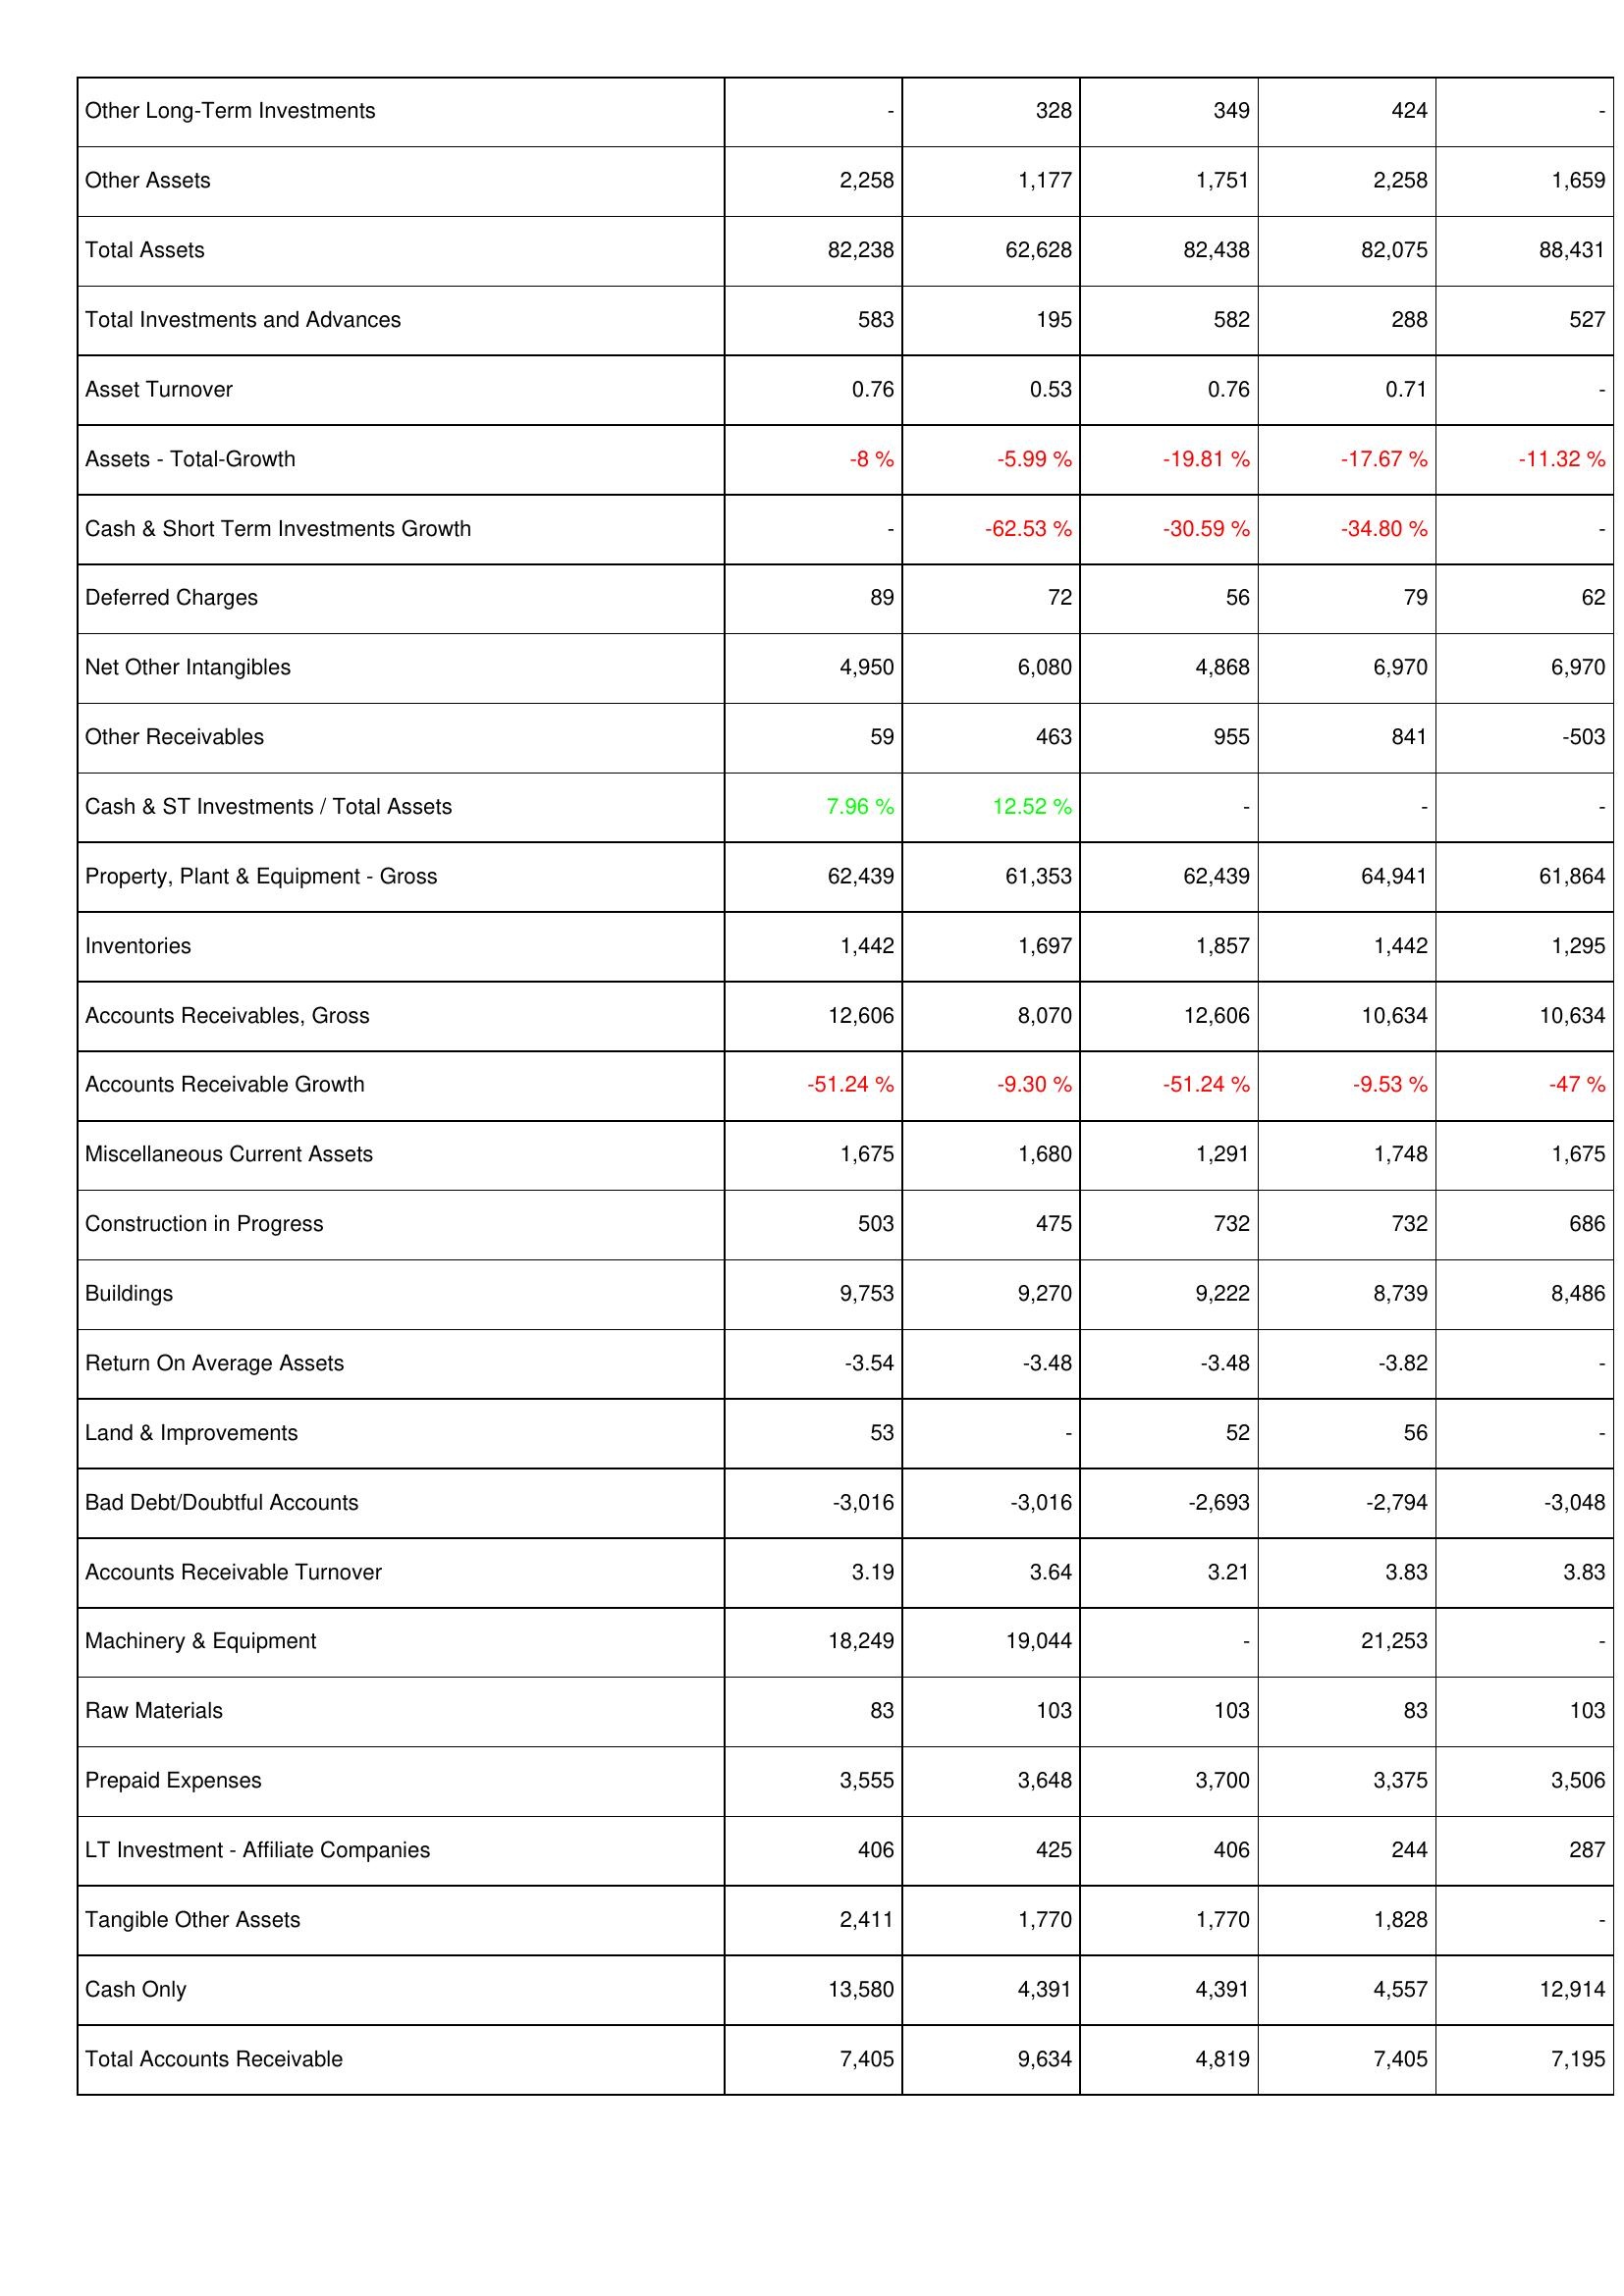
2010: Assets: Other Long-Term Investments: -
Other Assets: 2,258
Total Assets: 82,238
Total Investments and Advances: 583
Asset Turnover: 0.76
Assets - Total-Growth: -8 %
Cash & Short Term Investments Growth: -
Deferred Charges: 89
Net Other Intangibles: 4,950
Other Receivables: 59
Cash & ST Investments / Total Assets: 7.96 %
Property, Plant & Equipment - Gross: 62,439
Inventories: 1,442
Accounts Receivables, Gross: 12,606
Accounts Receivable Growth: -51.24 %
Miscellaneous Current Assets: 1,675
Construction in Progress: 503
Buildings: 9,753
Return On Average Assets: -3.54
Land & Improvements: 53
Bad Debt/Doubtful Accounts: -3,016
Accounts Receivable Turnover: 3.19
Machinery & Equipment: 18,249
Raw Materials: 83
Prepaid Expenses: 3,555
LT Investment - Affiliate Companies: 406
Tangible Other Assets: 2,411
Cash Only: 13,580
Total Accounts Receivable: 7,405
2011: Assets: Other Long-Term Investments: 328
Other Assets: 1,177
Total Assets: 62,628
Total Investments and Advances: 195
Asset Turnover: 0.53
Assets - Total-Growth: -5.99 %
Cash & Short Term Investments Growth: -62.53 %
Deferred Charges: 72
Net Other Intangibles: 6,080
Other Receivables: 463
Cash & ST Investments / Total Assets: 12.52 %
Property, Plant & Equipment - Gross: 61,353
Inventories: 1,697
Accounts Receivables, Gross: 8,070
Accounts Receivable Growth: -9.30 %
Miscellaneous Current Assets: 1,680
Construction in Progress: 475
Buildings: 9,270
Return On Average Assets: -3.48
Land & Improvements: -
Bad Debt/Doubtful Accounts: -3,016
Accounts Receivable Turnover: 3.64
Machinery & Equipment: 19,044
Raw Materials: 103
Prepaid Expenses: 3,648
LT Investment - Affiliate Companies: 425
Tangible Other Assets: 1,770
Cash Only: 4,391
Total Accounts Receivable: 9,634
2012: Assets: Other Long-Term Investments: 349
Other Assets: 1,751
Total Assets: 82,438
Total Investments and Advances: 582
Asset Turnover: 0.76
Assets - Total-Growth: -19.81 %
Cash & Short Term Investments Growth: -30.59 %
Deferred Charges: 56
Net Other Intangibles: 4,868
Other Receivables: 955
Cash & ST Investments / Total Assets: -
Property, Plant & Equipment - Gross: 62,439
Inventories: 1,857
Accounts Receivables, Gross: 12,606
Accounts Receivable Growth: -51.24 %
Miscellaneous Current Assets: 1,291
Construction in Progress: 732
Buildings: 9,222
Return On Average Assets: -3.48
Land & Improvements: 52
Bad Debt/Doubtful Accounts: -2,693
Accounts Receivable Turnover: 3.21
Machinery & Equipment: -
Raw Materials: 103
Prepaid Expenses: 3,700
LT Investment - Affiliate Companies: 406
Tangible Other Assets: 1,770
Cash Only: 4,391
Total Accounts Receivable: 4,819
2013: Assets: Other Long-Term Investments: 424
Other Assets: 2,258
Total Assets: 82,075
Total Investments and Advances: 288
Asset Turnover: 0.71
Assets - Total-Growth: -17.67 %
Cash & Short Term Investments Growth: -34.80 %
Deferred Charges: 79
Net Other Intangibles: 6,970
Other Receivables: 841
Cash & ST Investments / Total Assets: -
Property, Plant & Equipment - Gross: 64,941
Inventories: 1,442
Accounts Receivables, Gross: 10,634
Accounts Receivable Growth: -9.53 %
Miscellaneous Current Assets: 1,748
Construction in Progress: 732
Buildings: 8,739
Return On Average Assets: -3.82
Land & Improvements: 56
Bad Debt/Doubtful Accounts: -2,794
Accounts Receivable Turnover: 3.83
Machinery & Equipment: 21,253
Raw Materials: 83
Prepaid Expenses: 3,375
LT Investment - Affiliate Companies: 244
Tangible Other Assets: 1,828
Cash Only: 4,557
Total Accounts Receivable: 7,405
2014: Assets: Other Long-Term Investments: -
Other Assets: 1,659
Total Assets: 88,431
Total Investments and Advances: 527
Asset Turnover: -
Assets - Total-Growth: -11.32 %
Cash & Short Term Investments Growth: -
Deferred Charges: 62
Net Other Intangibles: 6,970
Other Receivables: -503
Cash & ST Investments / Total Assets: -
Property, Plant & Equipment - Gross: 61,864
Inventories: 1,295
Accounts Receivables, Gross: 10,634
Accounts Receivable Growth: -47 %
Miscellaneous Current Assets: 1,675
Construction in Progress: 686
Buildings: 8,486
Return On Average Assets: -
Land & Improvements: -
Bad Debt/Doubtful Accounts: -3,048
Accounts Receivable Turnover: 3.83
Machinery & Equipment: -
Raw Materials: 103
Prepaid Expenses: 3,506
LT Investment - Affiliate Companies: 287
Tangible Other Assets: -
Cash Only: 12,914
Total Accounts Receivable: 7,195